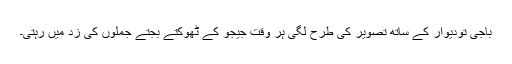
باجی تودیوار کے ساتھ تصویر کی طرح لگی ہر وقت جیجو کے ٹھوکتے بجتے جملوں کی زد میں رہتی۔